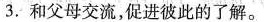
3. 和父母交流，促进彼此的了解。